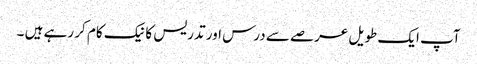
آپ ایک طویل عرصے سے درس اور تدریس کا نیک کام کر رہے ہیں ۔